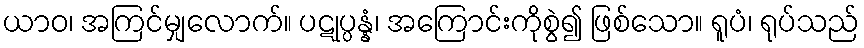
ယာဝ၊ အကြင်မျှလောက်။ ပဋုပ္ပန္နံ၊ အကြောင်းကိုစွဲ၍ ဖြစ်သော။ ရူပံ၊ ရုပ်သည်